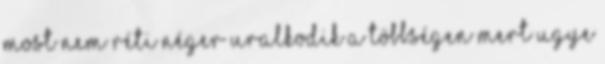
most nem réti néger uralkodik a többségen Mert ugye